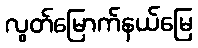
လွတ်မြောက်နယ်မြေ